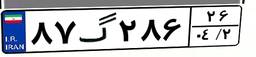
۳۳گ۳۸۸۷۵